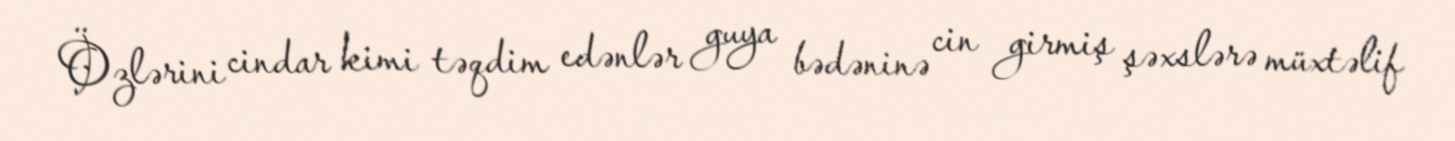
Özlərini cindar kimi təqdim edənlər guya bədəninə cin girmiş şəxslərə müxtəlif